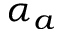
\alpha _ { a }